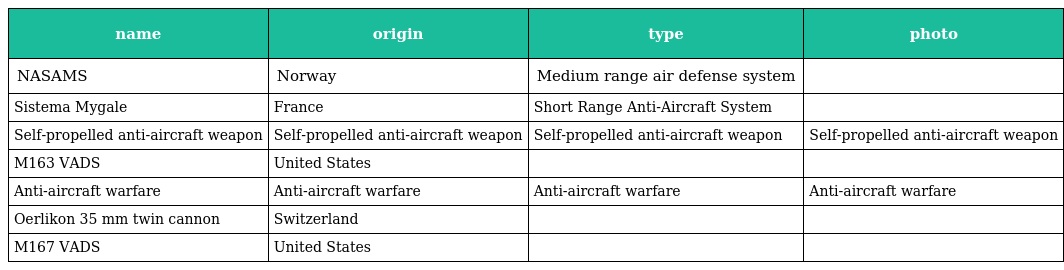
| name | origin | type | photo |
 | --- | --- | --- | --- |
 | NASAMS | Norway | Medium range air defense system |  |
 | Sistema Mygale | France | Short Range Anti-Aircraft System |  |
 | Self-propelled anti-aircraft weapon | Self-propelled anti-aircraft weapon | Self-propelled anti-aircraft weapon | Self-propelled anti-aircraft weapon |
 | M163 VADS | United States |  |  |
 | Anti-aircraft warfare | Anti-aircraft warfare | Anti-aircraft warfare | Anti-aircraft warfare |
 | Oerlikon 35 mm twin cannon | Switzerland |  |  |
 | M167 VADS | United States |  |  |